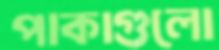
পাকাগুলো